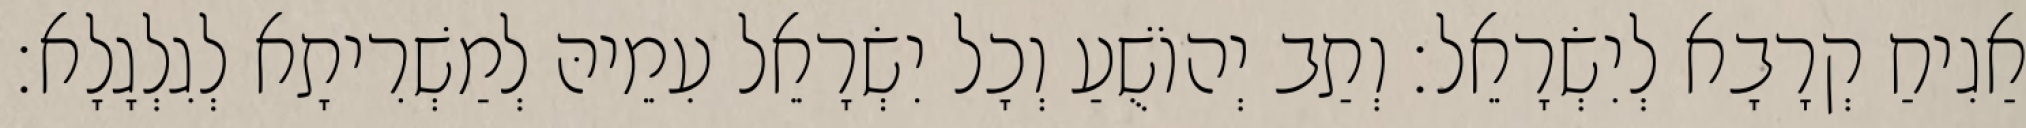
אַגִיחַ קְרָבָא לְיִשְׂרָאֵל׃ וְתַב יְהוֹשֻׁעַ וְכָל יִשְׂרָאֵל עִמֵיהּ לְמַשְׁרִיתָא לְגִלְגָלָא׃